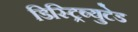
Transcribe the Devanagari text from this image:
डिस्ट्रिब्युटेड